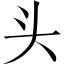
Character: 头